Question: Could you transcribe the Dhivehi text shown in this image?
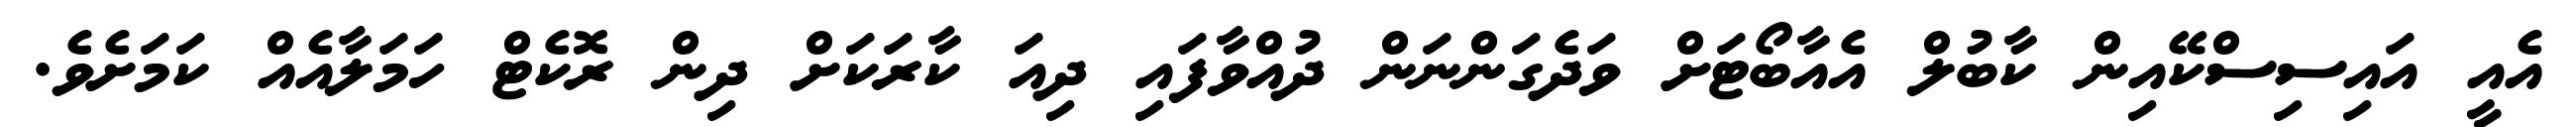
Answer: އެއީ އައިސިސްކޭއިން ކާބުލް އެއާބޯޓަށް ވަދެގަންނަން ދުއްވާފައި ދިއަ ކާރަކަށް ދިން ރޮކެޓް ހަމަލާއެއް ކަމަށެވެ.